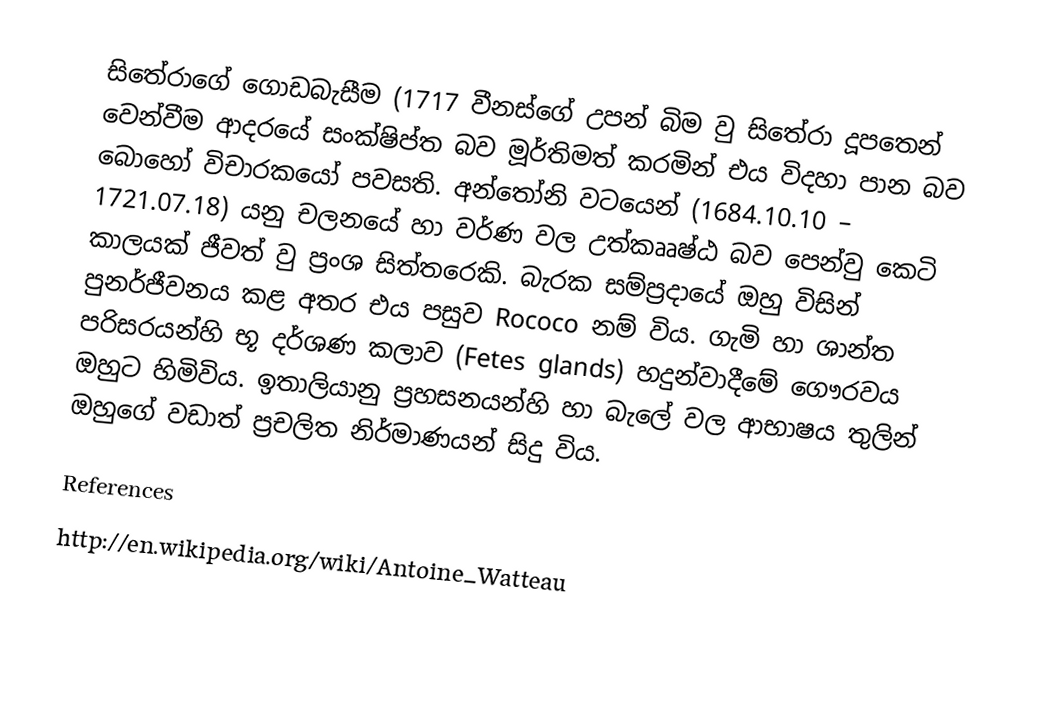
සිතේරාගේ ගොඩබැසීම (1717 වීනස්ගේ උපන් බිම වු සිතේරා දූපතෙන් වෙන්වීම ආදරයේ සංක්ෂිප්ත බව මූර්තිමත් කරමින් එය විදහා පාන බව බොහෝ විචාරකයෝ පවසති. අන්තෝනි වටයෙන් (1684.10.10 – 1721.07.18) යනු චලනයේ හා වර්ණ වල උත්කෲෂ්ඨ බව පෙන්වු කෙටි කාලයක් ජීවත් වු ප්‍රංශ සිත්තරෙකි. බැරක සම්ප්‍රදායේ ඔහු විසින් පුනර්ජීවනය කළ අතර එය පසුව Rococo නම් විය. ගැමි හා ශාන්ත පරිසරයන්හි භූ දර්ශණ කලාව (Fetes glands) හදුන්වාදීමේ ගෞරවය ඔහුට හිමිවිය.  ඉතාලියානු ප්‍රහසනයන්හි හා බැලේ වල ආභාෂය තුලින් ඔහුගේ වඩාත් ප්‍රචලිත නිර්මාණයන් සිදු විය.

References
http://en.wikipedia.org/wiki/Antoine_Watteau